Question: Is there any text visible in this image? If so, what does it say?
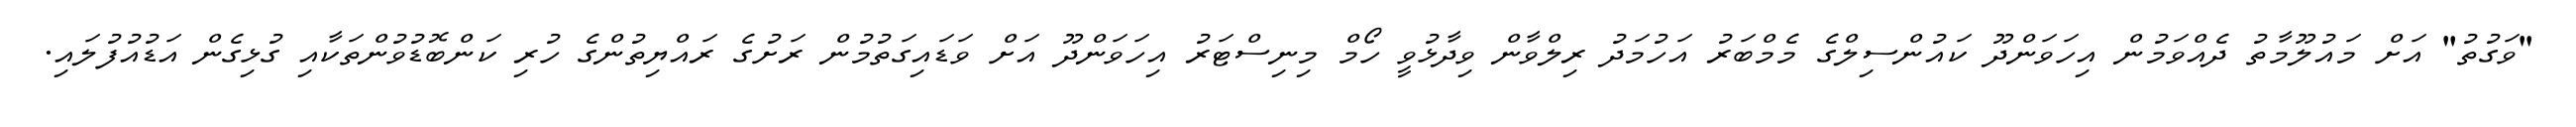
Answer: "ވަގުތު" އަށް މައުލޫމާތު ދެއްވަމުން އިހަވަންދޫ ކައުންސިލްގެ މެމްބަރު އަހުމަދު ރިލްވާން ވިދާޅުވީ ހޯމް މިނިސްޓަރު އިހަވަންދޫ އަށް ވަޑައިގަތުމުން ރަށުގެ ރައްޔިތުންގެ ހުރި ކަންބޮޑުވުންތަކާއި ގުޅިގެން އަޑުއުފުލައި.